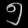
Digit: ၅